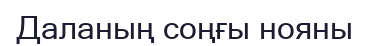
Даланың соңғы нояны